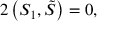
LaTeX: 2 \left( S _ { 1 } , \tilde { S } \right) = 0 ,